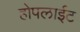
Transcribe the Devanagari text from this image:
होपलाईट